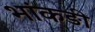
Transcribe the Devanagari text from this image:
भांकङी